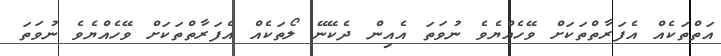
އަތްތަކެއް އެފަރާތްތަކަށް ވޭހެއްޔެވެ ނުވަތަ އެއިން ދެކޭނޭ ލޯތަކެއް އެފަރާތްތަކަށް ވޭހެއްޔެވެ ނުވަތަ